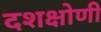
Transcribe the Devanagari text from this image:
दशक्षोणी